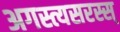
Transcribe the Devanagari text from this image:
अगस्त्यसरस्स्